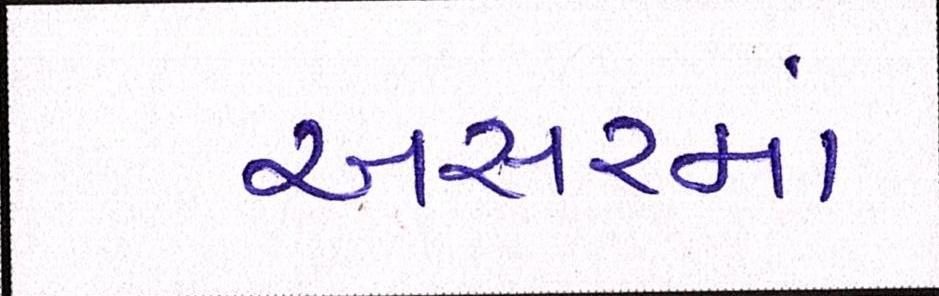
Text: અસરમાં